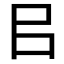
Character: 㠯